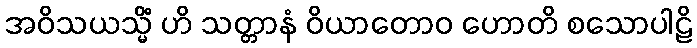
အဝိသယသ္မိံ ဟိ သတ္တာနံ ဝိယာတောဝ ဟောတိ စသောပါဠိ